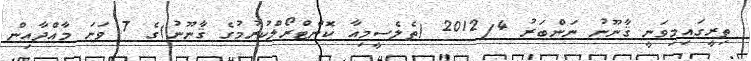
ތިރީގައިމިވަނީ ޤާނޫނު ނަންބަރު 2012/4 (ތެލެސީމިއާ ކޮންޓްރޯލްކުރުމުގެ ޤާނޫނު)ގެ 7 ވަނަ މާއްދާއިން